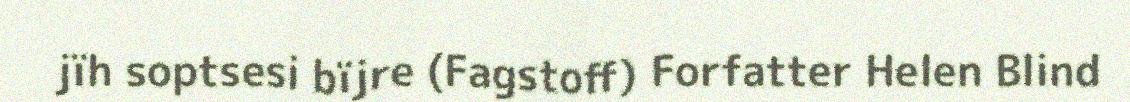
jïh soptsesi bïjre (Fagstoff) Forfatter Helen Blind